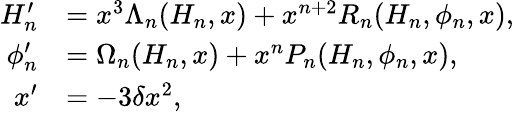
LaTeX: \begin{array}{rl}{{H}_{n}^{\prime}}&{=x^{3}\Lambda_{n}(H_{n},x)+x^{n+2}R_{n}(H_{n},\phi_{n},x),}\\ {\phi_{n}^{\prime}}&{=\Omega_{n}(H_{n},x)+x^{n}P_{n}(H_{n},\phi_{n},x),}\\ {x^{\prime}}&{=-3\delta x^{2},}\end{array}